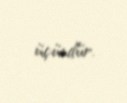
üçündür.